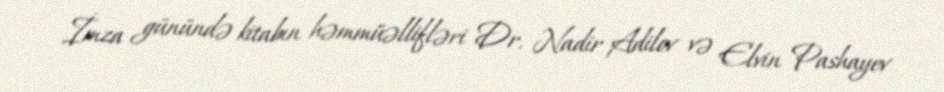
İmza günündə kitabın həmmüəllifləri Dr. Nadir Adilov və Elvin Pashayev